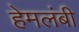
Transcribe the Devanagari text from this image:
हेमलंबी